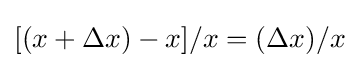
[(x+\Delta x)-x]/x=(\Delta x)/x